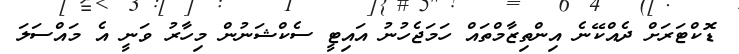
ޑޮކްޓަރަށް ދެއްކޭނެ އިންތިޒާމްތައް ހަމަޖެހުނު އައިޓީ ސެކްޝަނުން މިހާރު ވަނީ އެ މައްސަލަ